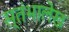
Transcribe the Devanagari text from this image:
स्‍तंभालेख